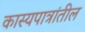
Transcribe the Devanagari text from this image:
कास्यपात्रांतील